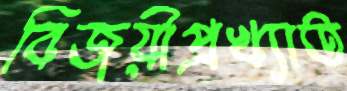
বিজয়ীপ্রখ্যাত